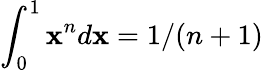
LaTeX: \int_{0}^{1}\mathbf{x}^{n}d\mathbf{x}=1/(n+1)